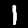
Digit: 1